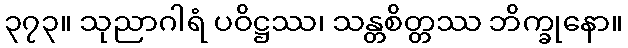
၃၇၃။ သုညာဂါရံ ပဝိဋ္ဌဿ၊ သန္တစိတ္တဿ ဘိက္ခုနော။